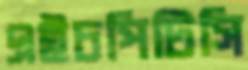
এইচপিটিসি